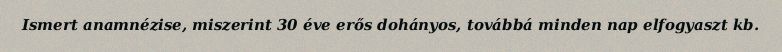
Ismert anamnézise, miszerint 30 éve erős dohányos, továbbá minden nap elfogyaszt kb.